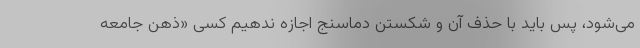
می‌شود، پس باید با حذف آن و شکستن دماسنج اجازه ندهیم کسی «ذهن جامعه